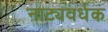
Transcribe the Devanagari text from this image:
नाट्यवर्धक